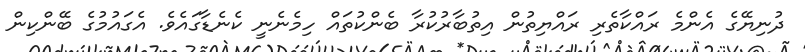
ދުނިޔޭގެ އެންމެ ރައްކާތެރި ރައްޔިތުން އިތުބާރުކުރާ ބެންކުތައް ހިމެނެނީ ކެނެޑާގައެވެ. އެގައުމުގެ ބޭންކިން